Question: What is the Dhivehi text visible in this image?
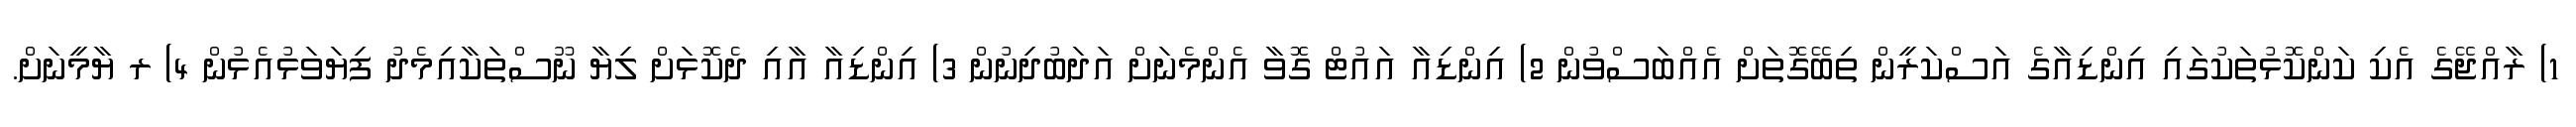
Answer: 1) ރާއްޖޭގެ އެކި ކަންކޮޅުތަކުގައި އިންޑިއާގެ އަސްކަރީން ތިބޭގޮތަށް އެއްބަސްވުން 2) އިންޑިއާ އައުޓް ގޮވާ އެންމެނަށް އަދަބުދިނުން 3) އިންޑިއާ އާއި ދެކޮޅަށް ލިޔާ ނޫސްތަކާއިމެދު ފިޔަވަޅުއެޅުން 4) ރ ޔާމީނަށް.